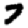
Digit: 7